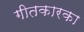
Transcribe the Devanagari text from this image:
गीतकारका